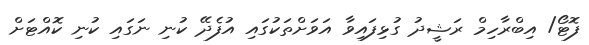
ފޮޓޯ/ އިބްރާހިމް ރަޝީދު ގުޅިފައިވާ އަވަށްތަކުގައި އުފެދޭ ކުނި ނަގައި ކުނި ކޮއްޓަށް